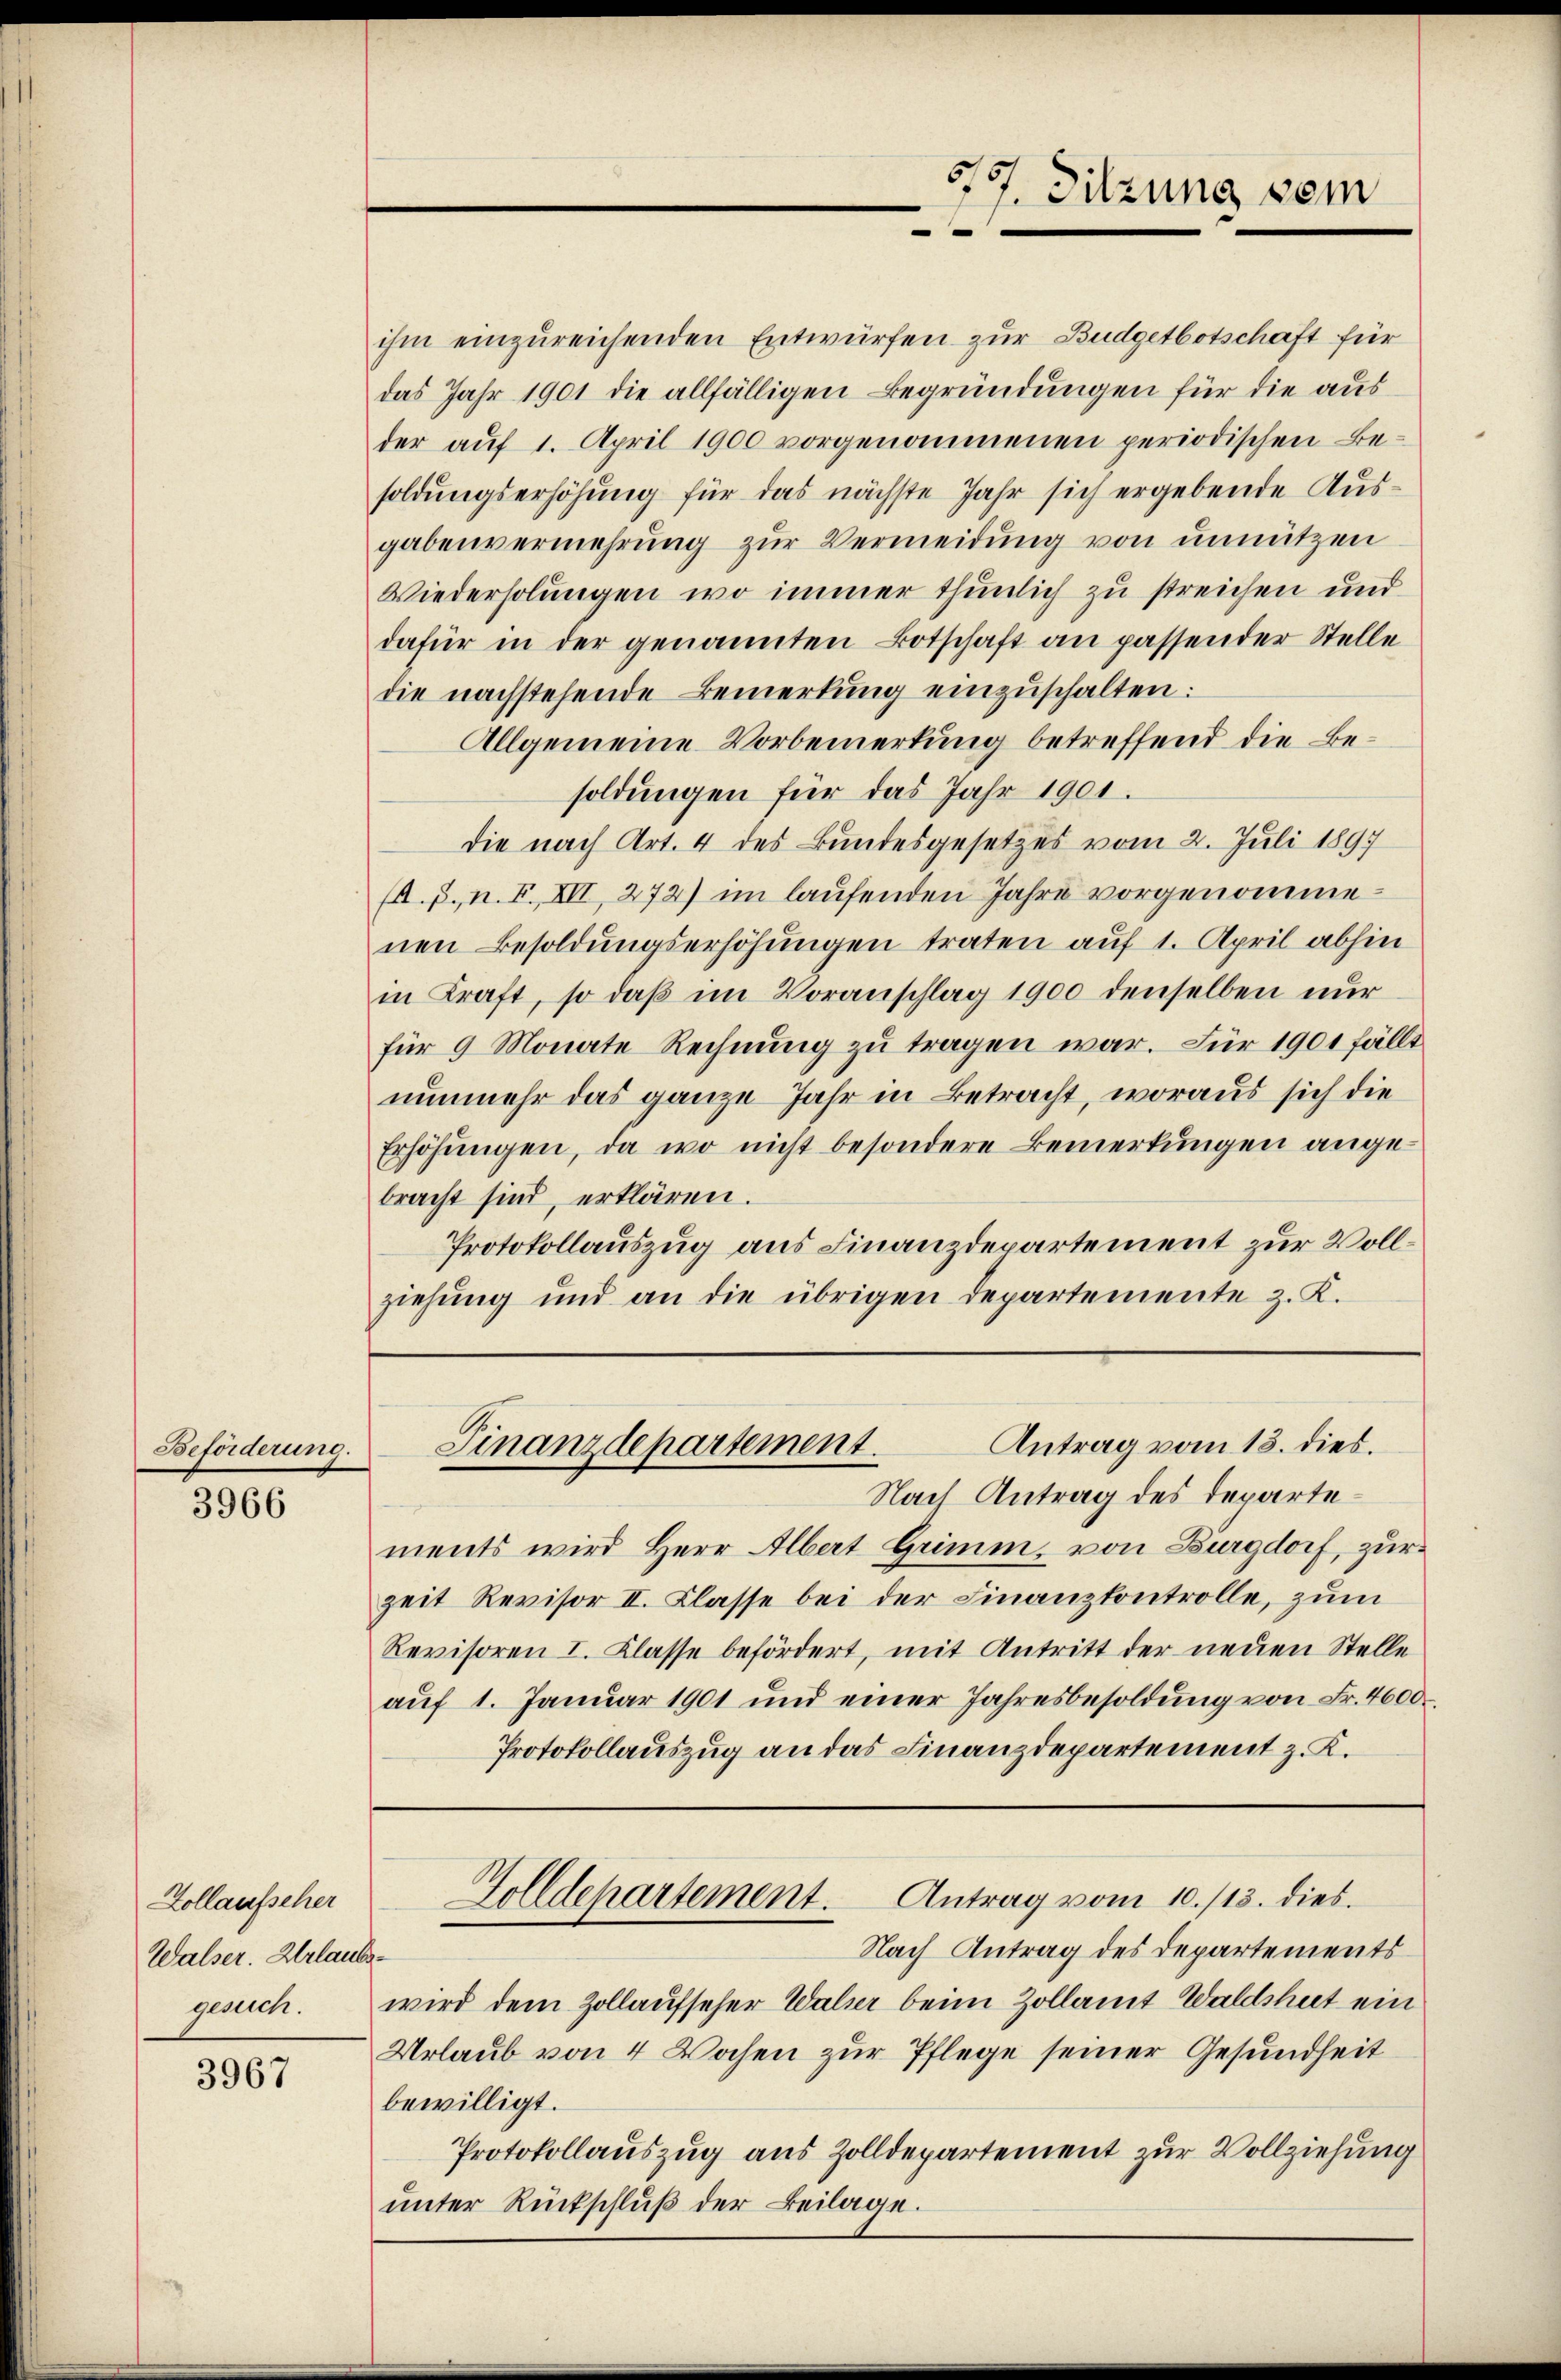
Beförderung.

3966

Hollaufscher
Walser. Urlaubs-
gesuch.

3967

ihm einzureichenden Entwürfen zur Budgetbotschaft für
das Jahr 1901 die allfälligen Begründungen für die aus
der auf 1. April 1900 vorgenommenen periodischen Besoldungserhöhung für das nächste Jahr sich ergebende Ausgabenvermehrung zŭr Vermeidung von unnützen
Wiederholungen wo immer thunlich zu streichen und
dafür in der genannten Botschaft an passender Stelle
die nachstehende Bemerkung einzuschalten:
Allgemeine Vorbemerkung betreffend die Besoldungen für das Jahr 1901.
die nach Art. 4 des Bundesgesetzes vom 2. Juli 1897
(A. p. n. F. XII, 272) im laufenden Jahre vorgenommenen Besoldungserhöhungen traten auf 1. April abhin
in Kraft, so daβ im Voranschlag 1900 denselben nur
für 9 Monate Rechnung zu tragen war. Für 1901 fällt
nunmehr das ganze Jahr in Betracht, woraus sich die
Erhöhungen, da wo nicht besondere Bemerkungen angebracht sind, erklären.
Protokollauszug aus Finanzdepartement zur Vollziehung und an die übrigen Departemente z. K.

5
17. Sitzung vom

Nach Antrag des Departements wird Herr Albert Grimm, von Burgdorf, zur
zeit Revisor II. Classe bei der Finanzkontrolle, zum
Revisoren I. Klasse befördert, mit Antritt der neuen Stelle
aŭf 1. Januar 1901 und einer Jahresbesoldŭng von Fr. 4600.
Protokollauszug an das Finanzdepartement z. K.

Golldepartement. Antrag vom 10./13. dies
Nach Antrag des Departements
wird dem Zollaufseher Walser beim Zollamt Waldshut ein
Urlaub von 4 Wochen zur Pflege seiner Gesundheit
bewilligt.
Protokollauszug aus Zolldepartement zur Vollziehung
unter Rückschluß der Beilage.

Antrag vom 13. dies.
Finanzdepartement.